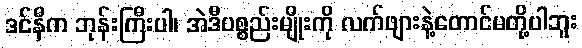
ဒင်နီက ဘုန်းကြီးပါ၊ အဲဒီပစ္စည်းမျိုးကို လက်ဖျားနဲ့တောင်မတို့ပါဘူး